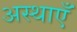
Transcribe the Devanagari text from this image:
अस्थाएँ